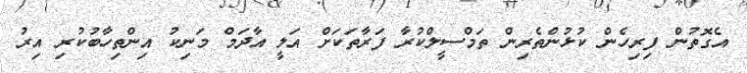
އެގޮތުން ފިރިހެން ކުޅުންތެރިން ތަމްސީލްކުރާ ފަރާތަކަށް އަލީ އާދަމް މަނިކު އިންތިހާބުކުރި އިރު